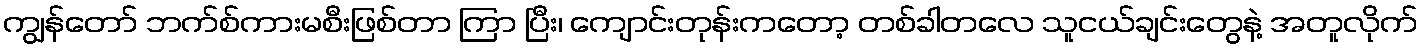
ကျွန်တော် ဘက်စ်ကားမစီးဖြစ်တာ ကြာ ပြီး၊ ကျောင်းတုန်းကတော့ တစ်ခါတလေ သူငယ်ချင်းတွေနဲ့ အတူလိုက်